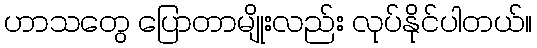
ဟာသတွေ ပြောတာမျိုးလည်း လုပ်နိုင်ပါတယ်။